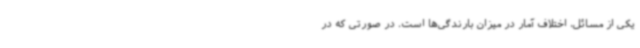
یکی از مسائل، اختلاف آمار در میزان بارندگی‌ها است. در صورتی که در